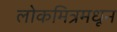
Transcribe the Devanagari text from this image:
लोकमित्रमधून